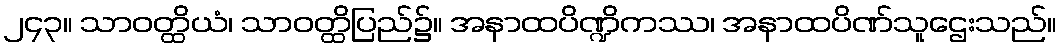
၂၄၃။ သာဝတ္ထိယံ၊ သာဝတ္ထိပြည်၌။ အနာထပိဏ္ဍိကဿ၊ အနာထပိဏ်သူဌေးသည်။